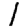
Digit: 1